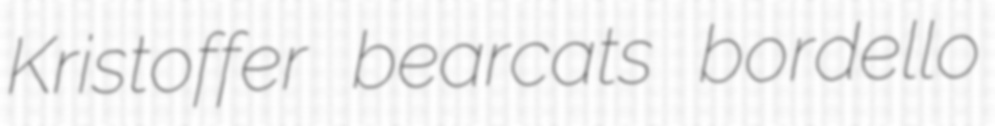
Kristoffer bearcats bordello